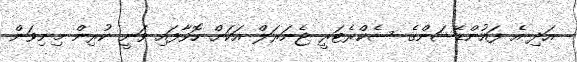
އަދި އެ ފައުންޑޭޝަންގެ ސެކްރެޓަރީ ޖެނަރަލް އަކަށް ހޮވާފައި ވަނީ ކުރިން މިނިވަން